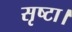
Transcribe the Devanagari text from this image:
सृष्टा।